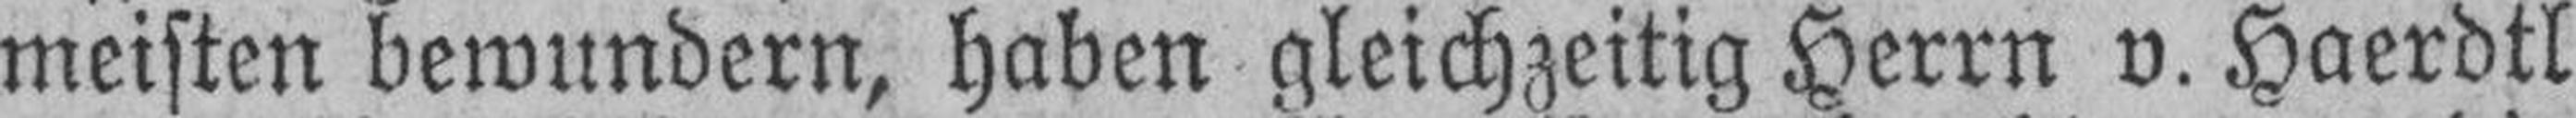
meisten bewundern, haben gleichzeitig Herrn v. Haerdtl